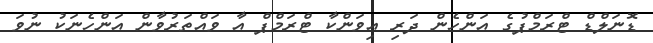
ޑޮނަލްޑް ޓްރަމްޕުގެ އަންހެން ދަރި އިވަންކާ ޓްރަމްޕް އާ ވައްތަރުވާން އަންހެނަކު ނުވަ